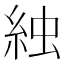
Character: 𬗌